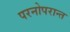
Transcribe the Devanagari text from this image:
परनोपरान्त